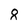
Character: 8